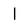
Character: 1